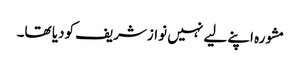
مشورہ اپنے لیے نہیں نوازشریف کودیا تھا۔